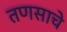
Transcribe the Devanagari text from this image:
तणसाचे